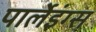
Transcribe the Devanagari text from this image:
पार्लेइंग्स